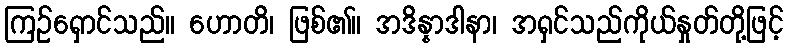
ကြဉ်ရှောင်သည်။ ဟောတိ၊ ဖြစ်၏။ အဒိန္နာဒါနာ၊ အရှင်သည်ကိုယ်နှုတ်တို့ဖြင့်